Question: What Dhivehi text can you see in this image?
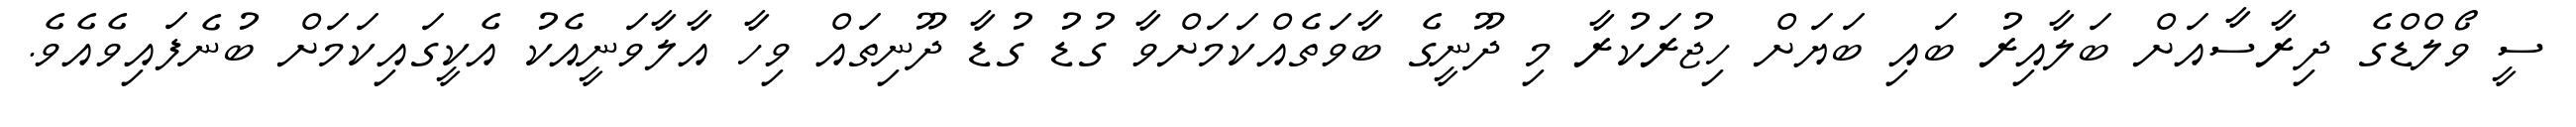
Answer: ސީ ވޯލްޑްގެ ދިރާސާއަށް ބަލާއިރު ބައި ބަޔަށް ހިޖުރަކުރާ މި ދޫނީގެ ބާވަތެއްކަމަށްވާ ގުޑު ގުޑާ ދޫނިތައް ވިހާ އާލާވަނީއެކު އެކީގައިކަމަށް ބުނެފައިވެއެވެ.